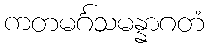
ကတမင်္ဂသမန္နာဂတံ